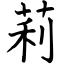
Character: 莉